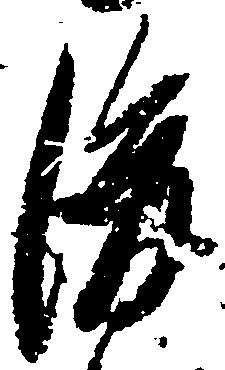
後